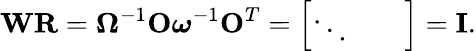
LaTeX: \mathbf{W}\mathbf{R}=\boldsymbol{\Omega}^{-1}\mathbf{O}\boldsymbol{\omega}^{-1}\mathbf{O}^{T}=\left[\begin{array}{lll}{\ddots}&{}&{}\end{array}\right]=\mathbf{I}.